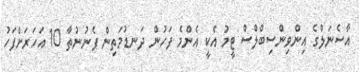
އާސެނަލްގެ އިންވިންސިބްލްސް ޓީމު އެކީ އެންމެ ފަހުން ދަނޑުމަތިން ފެނުނުތާ 10 އަހަރަށްފަހު